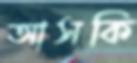
আসকি